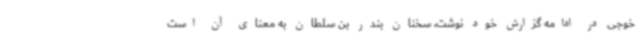
خوجی در ادامه گزارش خود نوشت، سخنان بندر بن سلطان به معنای آن است